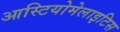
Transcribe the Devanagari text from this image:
आस्टियोमेलाइटिस